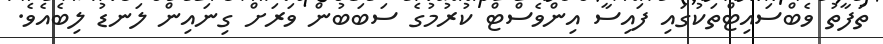
ތަފާތު ވެބްސައިޓްތަކުގައި ފައިސާ އިންވެސްޓް ކުރުމުގެ ސަބަބުން ވަރަށް ގިނައިން ލަނޑު ލިބެއެވެ.